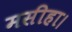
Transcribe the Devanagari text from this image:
मसीहा।